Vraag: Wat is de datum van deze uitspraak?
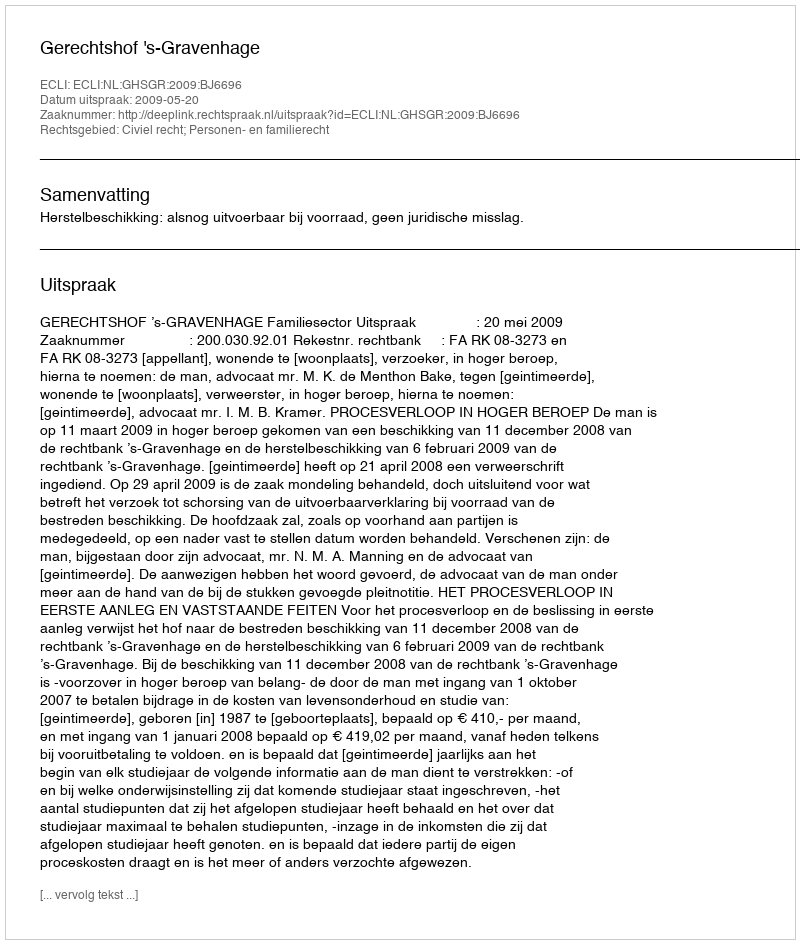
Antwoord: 2009-05-20